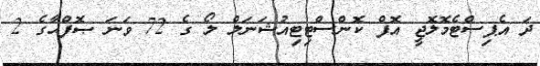
ދަ އެޕިސްޓެމޮލޮޖީ އޮފް ކޮންސްޓިޓިއުޝަނަލް ލޯ ގެ 72 ވަނަ ޞޮފްޙާގެ 2